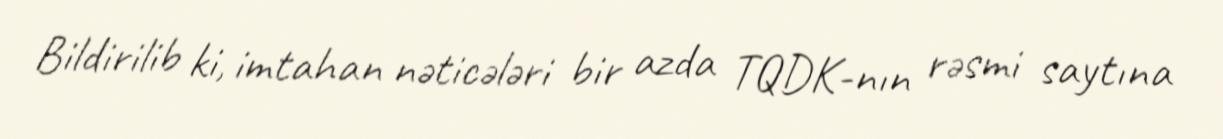
Bildirilib ki, imtahan nəticələri bir azda TQDK-nın rəsmi saytına